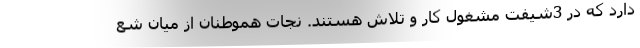
دارد که در 3شیفت مشغول کار و تلاش‌ هستند. نجات هموطنان از میان شع